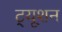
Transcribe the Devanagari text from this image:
ट्‍यूशन